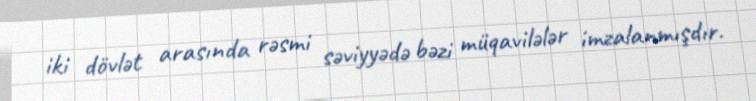
iki dövlət arasında rəsmi səviyyədə bəzi müqavilələr imzalanmışdır.